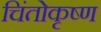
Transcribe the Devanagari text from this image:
चिंतोकृष्ण